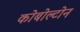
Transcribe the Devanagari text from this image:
कोबोल्टोन